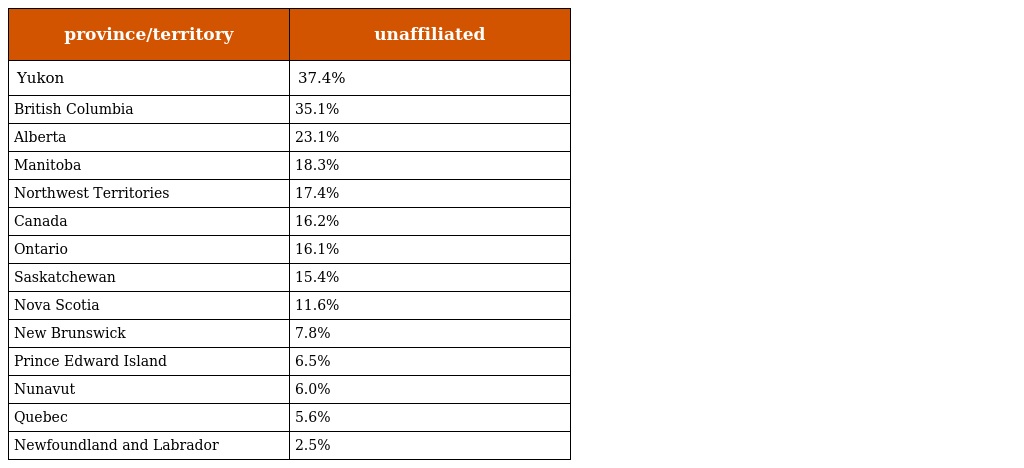
| province/territory | unaffiliated |
 | --- | --- |
 | Yukon | 37.4% |
 | British Columbia | 35.1% |
 | Alberta | 23.1% |
 | Manitoba | 18.3% |
 | Northwest Territories | 17.4% |
 | Canada | 16.2% |
 | Ontario | 16.1% |
 | Saskatchewan | 15.4% |
 | Nova Scotia | 11.6% |
 | New Brunswick | 7.8% |
 | Prince Edward Island | 6.5% |
 | Nunavut | 6.0% |
 | Quebec | 5.6% |
 | Newfoundland and Labrador | 2.5% |